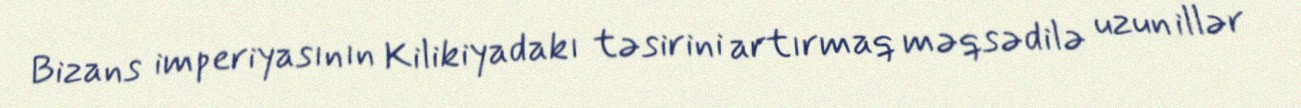
Bizans imperiyasının Kilikiyadakı təsirini artırmaq məqsədilə uzun illər